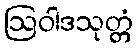
ဩဝါဒသုတ္တံ